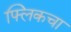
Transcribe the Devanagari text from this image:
फ्लिकचा